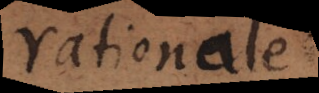
rationale